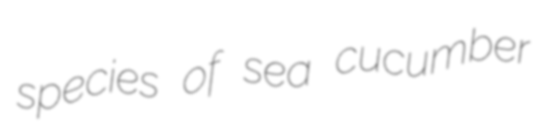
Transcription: species of sea cucumber